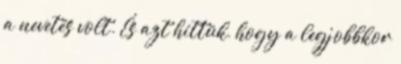
a nevetés volt. És azt hittük, hogy a legjobbkor